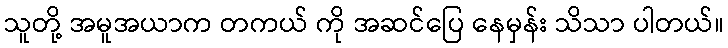
သူတို့ အမူအယာက တကယ် ကို အဆင်ပြေ နေမှန်း သိသာ ပါတယ်။